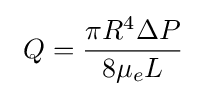
\ Q={\frac {\pi R^{4}\Delta P}{8\mu _{e}L}}